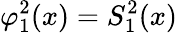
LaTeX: \varphi_{1}^{2}(x)=S_{1}^{2}(x)